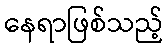
နေရာဖြစ်သည့်